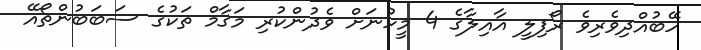
ހޭބުއްދިވެރިވެ ރޯފިލީ އާއިލާގެ 4 މީހުނަށް ވެދުންކުރި މަޤާމް ތަކުގެ ސަބަބުންތޯއޭ